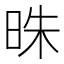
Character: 𣆦